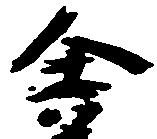
舎